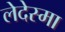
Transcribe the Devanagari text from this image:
लेदेस्मा